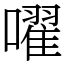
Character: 嚁